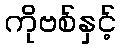
ကိုဗစ်နှင့်